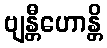
ဗျန္တီဟောန္တိ